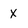
Character: X